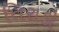
તિરાડો